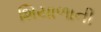
શિયાળાની